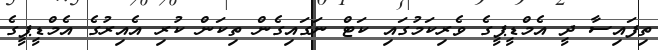
ތިފައިސާ ދީ އެމްޑީޕީގެ ވެެރިކަމުގައި ކަޓް ނަގައިގެން ތިކަން ކުރި އެއިރުގެ އެމްޑީޕީގެ